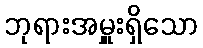
ဘုရားအမှူးရှိသော